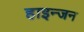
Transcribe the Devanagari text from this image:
हाइन्जन